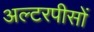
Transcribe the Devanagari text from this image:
अल्टरपीसों